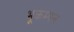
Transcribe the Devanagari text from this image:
भूकम्पन